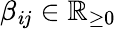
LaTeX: \beta_{\mathit{i}j}\in\mathbb{{R}}_{\geq0}